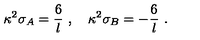
\kappa ^ { 2 } \sigma _ { A } = \frac { 6 } { l } \ , \quad \kappa ^ { 2 } \sigma _ { B } = - \frac { 6 } { l } \ .